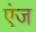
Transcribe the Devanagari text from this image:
एंज